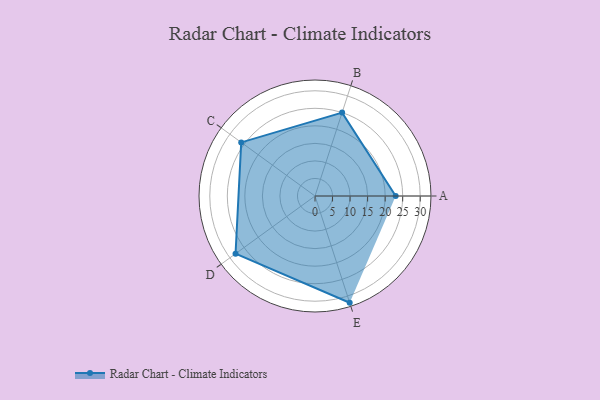
{"axis": {"x": "Skill", "y": "Score"}, "legend": ["Profile"], "data": [{"x": "A", "y": 23.0, "type": "Profile"}, {"x": "B", "y": 25.0, "type": "Profile"}, {"x": "C", "y": 26.0, "type": "Profile"}, {"x": "D", "y": 28.0, "type": "Profile"}, {"x": "E", "y": 32.0, "type": "Profile"}]}